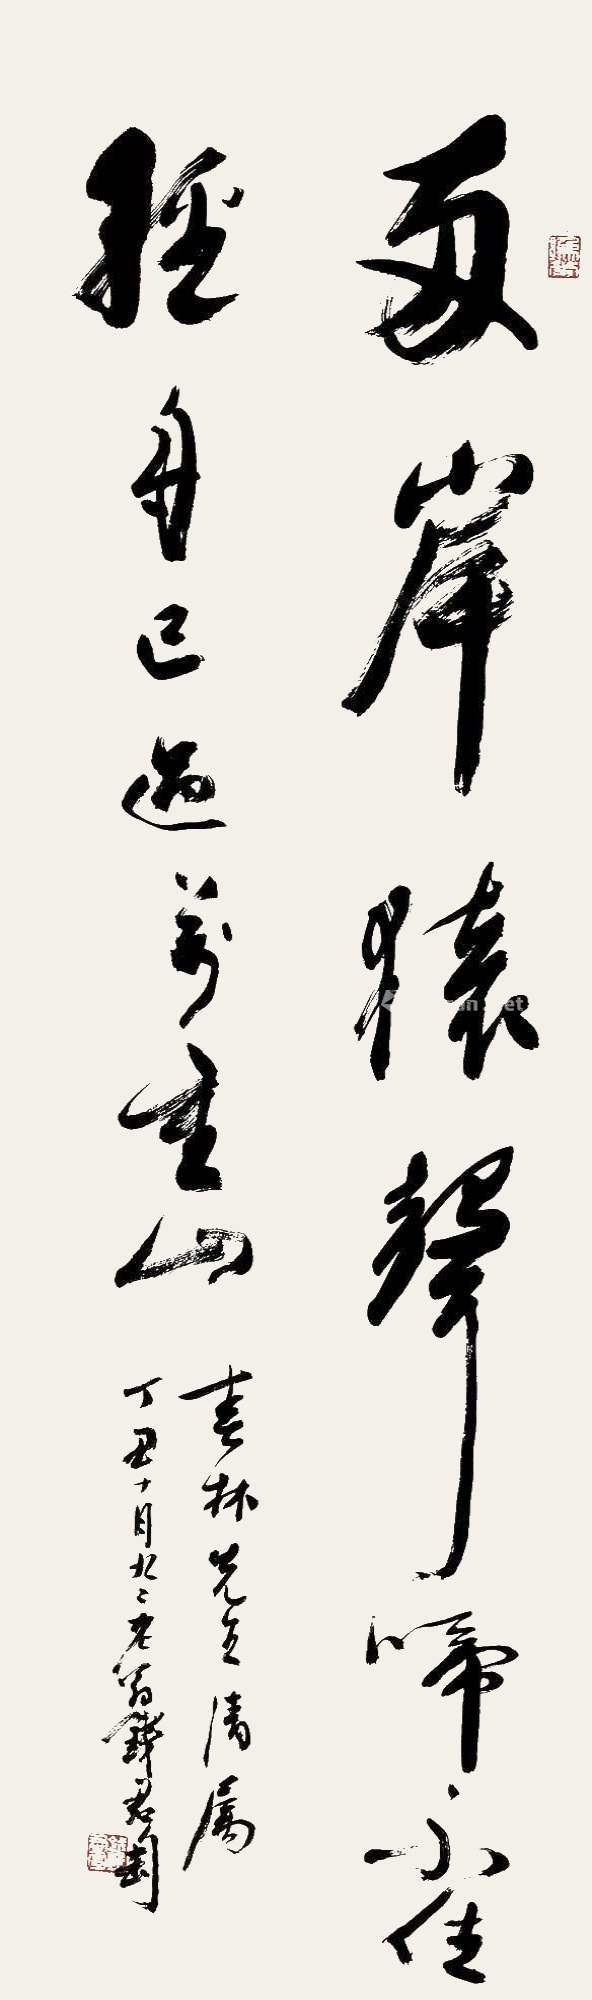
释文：两岸猿声啼不住，轻舟已过万重山。春林先生请属，丁丑十月九二老翁钱君匋。